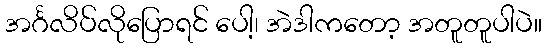
အင်္ဂလိပ်လိုပြောရင် ပေါ့၊ အဲဒါကတော့ အတူတူပါပဲ။